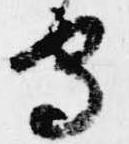
守